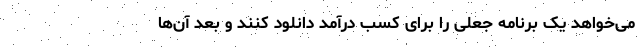
می‌خواهد یک برنامه جعلی را برای کسب درآمد دانلود کنند و بعد آن‌ها